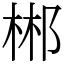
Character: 郴